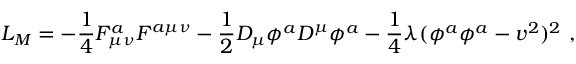
L _ { M } = - \frac { 1 } { 4 } F _ { \mu \nu } ^ { a } F ^ { a \mu \nu } - \frac { 1 } { 2 } D _ { \mu } \phi ^ { a } D ^ { \mu } \phi ^ { a } - \frac { 1 } { 4 } \lambda ( \phi ^ { a } \phi ^ { a } - v ^ { 2 } ) ^ { 2 } \ ,